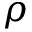
\boldsymbol { \rho }